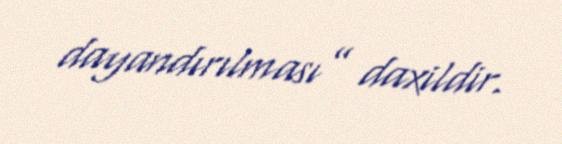
dayandırılması” daxildir.